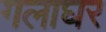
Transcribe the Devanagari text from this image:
गलाघर